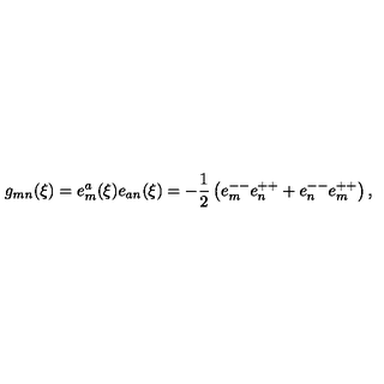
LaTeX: g _ { m n } ( \xi ) = e _ { m } ^ { a } ( \xi ) e _ { a n } ( \xi ) = - { \frac { 1 } { 2 } } \left( e _ { m } ^ { -- } e _ { n } ^ { + + } + e _ { n } ^ { -- } e _ { m } ^ { + + } \right) ,